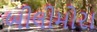
બીલીમોરા